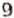
9